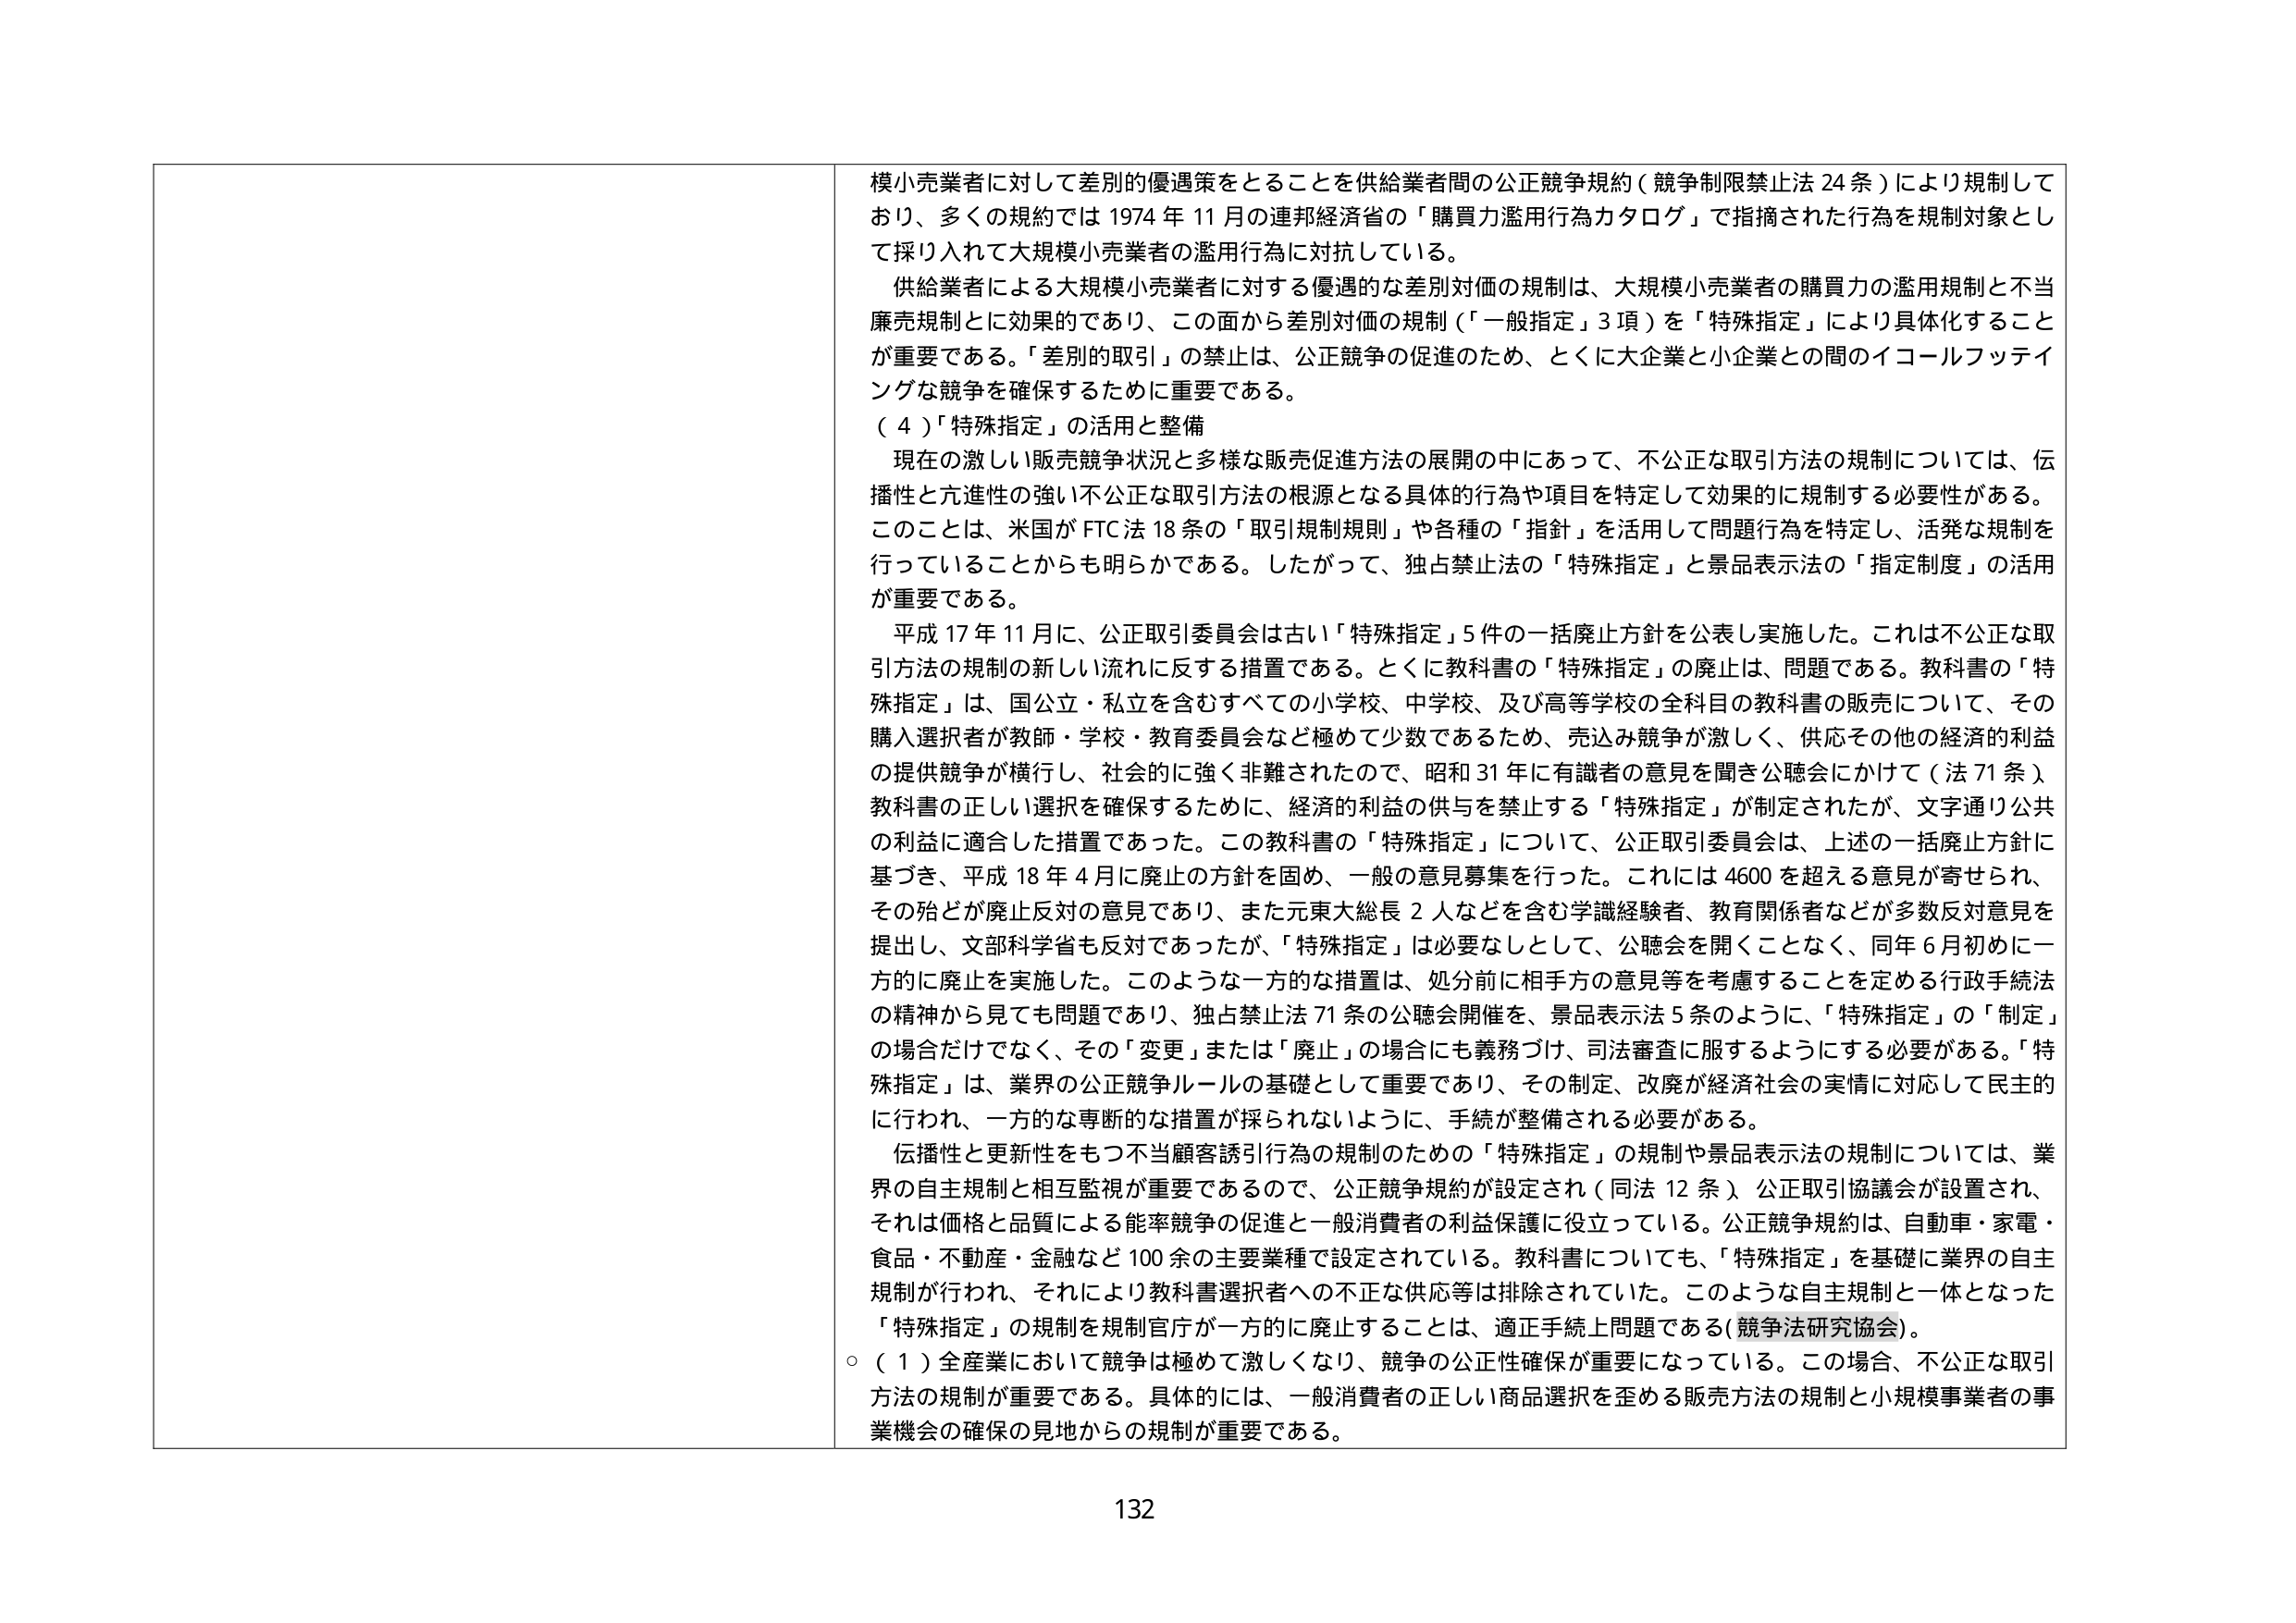
模小売業者に対して差別的優遇策をとることを供給業者間の公正競争規約（競争制限禁止法24条）により規制しており、多くの規約では1974年11月の連邦経済省の「購買力濫用行為カタログ」で指摘された行為を規制対象として採り入れて大規模小売業者の濫用行為に対抗している。

供給業者による大規模小売業者に対する優遇的な差別対価の規制は、大規模小売業者の購買力の濫用規制と不当廉売規制とに効果的であり、この面から差別対価の規制（「一般指定」3項）を「特殊指定」により具体化することが重要である。「差別的取引」の禁止は、公正競争の促進のため、とくに大企業と小企業との間のイコールフッティングな競争を確保するために重要である。

（４）「特殊指定」の活用と整備

現在の激しい販売競争状況と多様な販売促進方法の展開の中にあって、不公正な取引方法の規制については、伝播性と亢進性の強い不公正な取引方法の根源となる具体的行為や項目を特定して効果的に規制する必要性がある。このことは、米国がFTC法18条の「取引規制規則」や各種の「指針」を活用して問題行為を特定し、活発な規制を行っていることからも明らかである。したがって、独占禁止法の「特殊指定」と景品表示法の「指定制度」の活用が重要である。

平成17年11月に、公正取引委員会は古い「特殊指定」5件の一括廃止方針を公表し実施した。これは不公正な取引方法の規制の新しい流れに反する措置である。とくに教科書の「特殊指定」の廃止は、問題である。教科書の「特殊指定」は、国公立・私立を含むすべての小学校、中学校、及び高等学校の全科目の教科書の販売について、その購入選択者が教師・学校・教育委員会など極めて少数であるため、売込み競争が激しく、供応その他の経済的利益の提供競争が横行し、社会的に強く非難されたので、昭和31年に有識者の意見を聞き公聴会にかけて（法71条）教科書の正しい選択を確保するために、経済的利益の供与を禁止する「特殊指定」が制定されたが、文字通り公共の利益に適合した措置であった。この教科書の「特殊指定」について、公正取引委員会は、上述の一括廃止方針に基づき、平成18年4月に廃止の方針を固め、一般の意見募集を行った。これには4600を超える意見が寄せられ、その殆どが廃止反対の意見であり、また元東大総長2人などを含む学識経験者、教育関係者などが多数反対意見を提出し、文部科学省も反対であったが、「特殊指定」は必要なしとして、公聴会を開くことなく、同年6月初めに一方的に廃止を実施した。このような一方的な措置は、処分前に相手方の意見等を考慮することを定める行政手続法の精神から見ても問題であり、独占禁止法71条の公聴会開催を、景品表示法5条のように、「特殊指定」の「制定」の場合だけでなく、その「変更」または「廃止」の場合にも義務づけ、司法審査に服するようにする必要がある。「特殊指定」は、業界の公正競争ルールの基礎として重要であり、その制定、改廃が経済社会の実情に対応して民主的に行われ、一方的な専断的な措置が採られないように、手続が整備される必要がある。

伝播性と更新性をもつ不当顧客誘引行為の規制のための「特殊指定」の規制や景品表示法の規制については、業界の自主規制と相互監視が重要であるので、公正競争規約が設定され（同法12条）、公正取引協議会が設置され、それは価格と品質による能率競争の促進と一般消費者の利益保護に役立っている。公正競争規約は、自動車・家電・食品・不動産・金融など100余の主要業種で設定されている。教科書についても、「特殊指定」を基礎に業界の自主規制が行われ、それにより教科書選択者への不正な供応等は排除されていた。このような自主規制と一体となった「特殊指定」の規制を規制官庁が一方的に廃止することは、適正手続上問題である（競争法研究協会）。

○（１）全産業において競争は極めて激しくなり、競争の公正性確保が重要になっている。この場合、不公正な取引方法の規制が重要である。具体的には、一般消費者の正しい商品選択を歪める販売方法の規制と小規模事業者の事業機会の確保の見地からの規制が重要である。

132